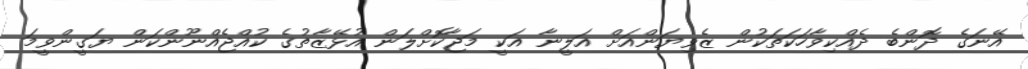
އޭނަގެ ދޮންބެ ދެއްކިވާހަކަތަކުން ޒެވިޔަންއަށް އަލީނާ އަކީ މަޖާކޮށްލަން އުޅޭޒާތުގެ ކުއްޖެއްނޫންކަން ޔަގީންވީމަ